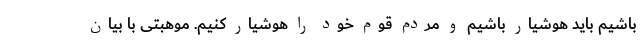
باشیم باید هوشیار باشیم و مردم قوم خود را هوشیار کنیم. موهبتی با بیان